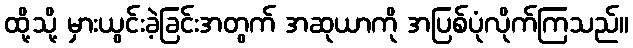
ထို့သို့ မှားယွင်းခဲ့ခြင်းအတွက် အဆုယာကို အပြစ်ပုံလိုက်ကြသည်။